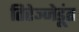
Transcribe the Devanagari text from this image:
तिरेञ्जेडूंत